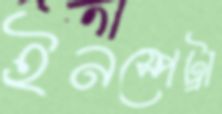
ইনস্পেট্রা